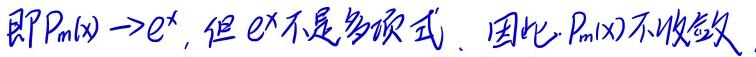
即$P_m(x)\to e^x$，但$e^x$不是多项式. 因此，$P_m(x)$不收敛.